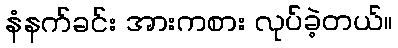
နံနက်ခင်း အားကစား လုပ်ခဲ့တယ်။